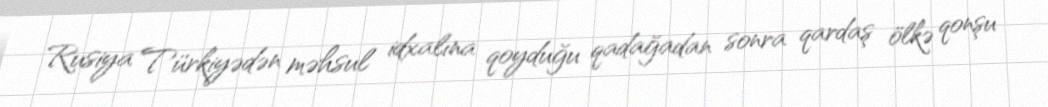
Rusiya Türkiyədən məhsul idxalına qoyduğu qadağadan sonra qardaş ölkə qonşu